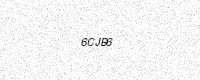
Text: 6CJB6